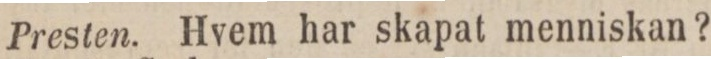
Presten. Hvem har skapat menniskan?